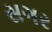
સગર